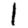
Digit: 1